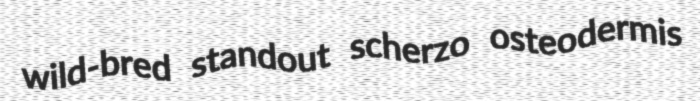
wild-bred standout scherzo osteodermis